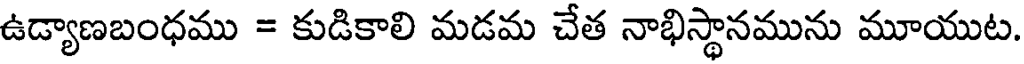
ఉడ్యాణబంధము = కుడికాలి మడమ చేత నాభిస్థానమును మూయుట.